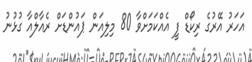
އަހަރު އޭރުގެ ރިކޯޑް ފީ އެއްކަމަށްވާ 80 މިލިއަން ޕައުންޑަށް ރެއާލްއާ ގުޅުނު